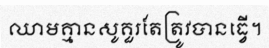
ឈាមគ្មានសូគួរតែត្រូវបានធ្វើ។